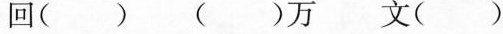
回( ) ( )万 文 ( )